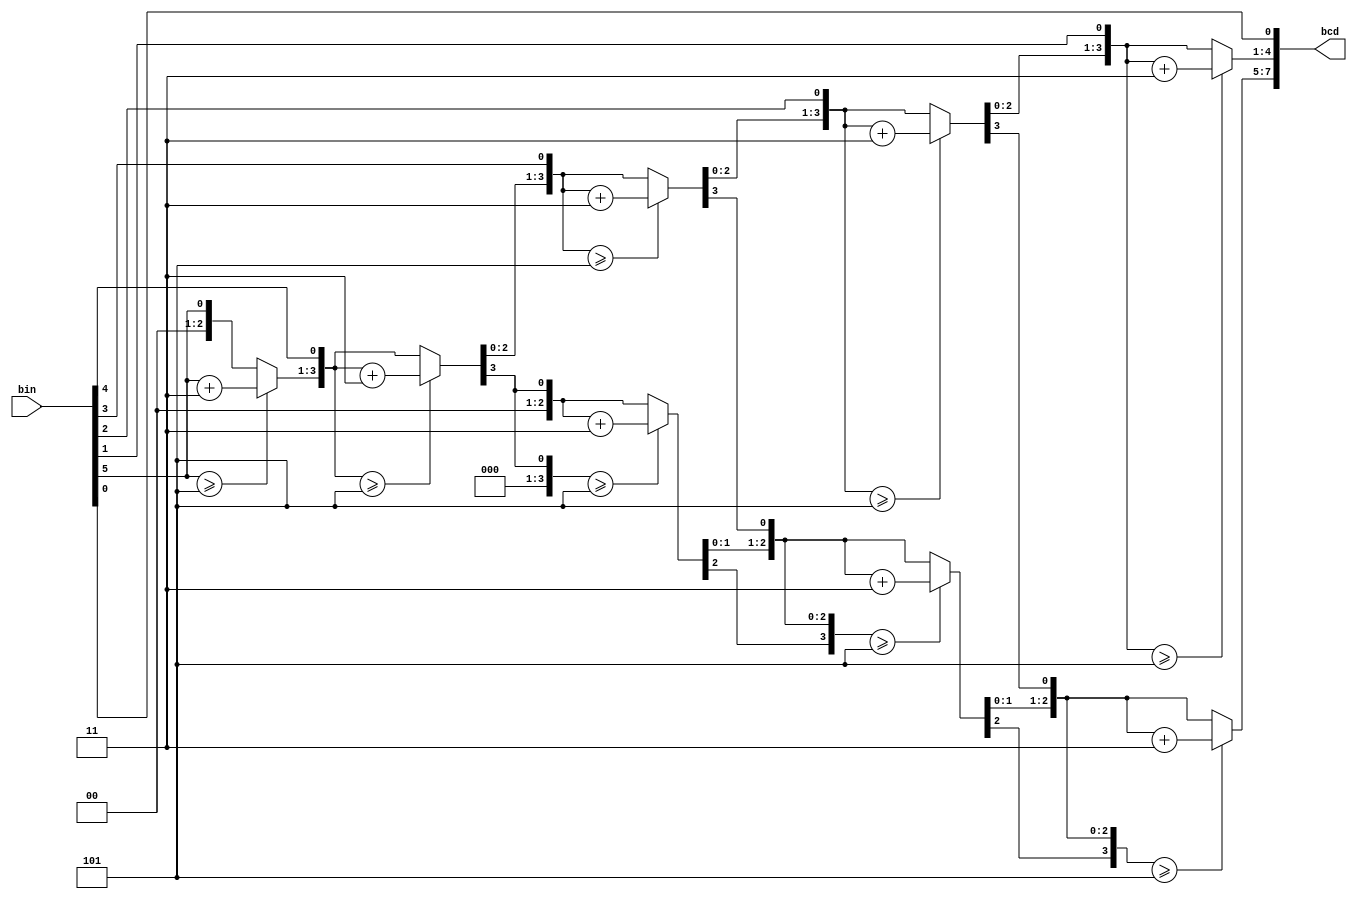
module bin2bcd(
   input [5:0] bin,
   output reg [7:0] bcd
);

integer i;

always @(bin) begin
    bcd=0;
    for (i=0; i<6; i=i+1) begin
        if (bcd[3:0] >= 5) bcd[3:0] = bcd[3:0] + 3;
        if (bcd[7:4] >= 5) bcd[7:4] = bcd[7:4] + 3;
        bcd = {bcd[6:0], bin[5-i]};
    end
end

endmodule

module disp(
    input [7:0] bcd,
    output reg [6:0] segmentDigit1,
    output reg [6:0] segmentDigit2,
    output reg [7:0] decimalOutput
);
    integer tens, ones;

    always @(bcd) begin
        tens = bcd[7:4];
        ones = bcd[3:0];
        decimalOutput = tens * 10 + ones;
        case (tens)
            0: segmentDigit1 = 7'b1111110;
            1: segmentDigit1 = 7'b0110000;
            2: segmentDigit1 = 7'b1101101;
            3: segmentDigit1 = 7'b1111001;
            4: segmentDigit1 = 7'b0110011;
            5: segmentDigit1 = 7'b1011011;
            6: segmentDigit1 = 7'b1011111;
            7: segmentDigit1 = 7'b1110000;
            8: segmentDigit1 = 7'b1111111;
            9: segmentDigit1 = 7'b1111011;
            default: segmentDigit1 = 7'b0000000;
        endcase
        case (ones)
            0: segmentDigit2 = 7'b1111110;
            1: segmentDigit2 = 7'b0110000;
            2: segmentDigit2 = 7'b1101101;
            3: segmentDigit2 = 7'b1111001;
            4: segmentDigit2 = 7'b0110011;
            5: segmentDigit2 = 7'b1011011;
            6: segmentDigit2 = 7'b1011111;
            7: segmentDigit2 = 7'b1110000;
            8: segmentDigit2 = 7'b1111111;
            9: segmentDigit2 = 7'b1111011;
            default: segmentDigit2 = 7'b0000000;
        endcase
    end
endmodule

module testbench;
    // Declare inputs and outputs
    wire [5:0] binaryInput;
    wire [7:0] bcd;
    wire [6:0] segmentDigit1;
    wire [6:0] segmentDigit2;
    wire [7:0] decimalOutput;

    // Declare reg variable for binaryInput
    reg [5:0] binaryInput_reg;

    // Instantiate the module to be tested
    bin2bcd bin2bcd_inst (
        .bin(binaryInput_reg),
        .bcd(bcd)
    );
    disp disp_inst (
        .bcd(bcd),
        .segmentDigit1(segmentDigit1),
        .segmentDigit2(segmentDigit2),
        .decimalOutput(decimalOutput)
    );

    // Declare file handle
    integer file;

    // Test inputs
    initial begin
        binaryInput_reg = 6'b111110;
        #10;
        $display("segmentDigit1 = %h, segmentDigit2 = %h, decimalOutput = %d", segmentDigit1, segmentDigit2, decimalOutput);

        // Open file for writing
        file = $fopen("output.txt", "w");

        // Write outputs to file
        $fwrite(file, "%b%b", segmentDigit1, segmentDigit2);

        // Close file
        $fclose(file);

        // End simulation
        $finish;
    end
endmodule